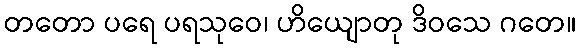
တတော ပရေ ပရသုဝေ၊ ဟိယျောတု ဒိဝသေ ဂတေ။